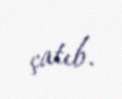
çatıb.